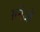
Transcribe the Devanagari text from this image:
ग़र्नेऔ